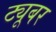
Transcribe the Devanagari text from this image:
ट्यूबर